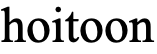
hoitoon